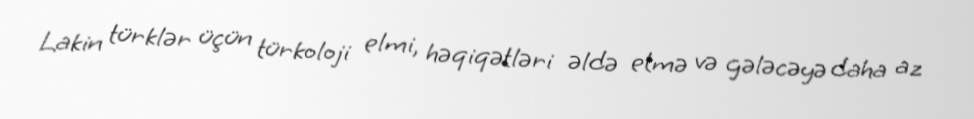
Lakin türklər üçün türkoloji elmi, həqiqətləri əldə etmə və gələcəyə daha az